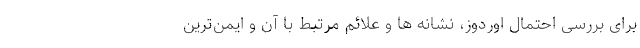
برای بررسی احتمال اوردوز، نشانه ها و علائم مرتبط با آن و ایمن‌ترین